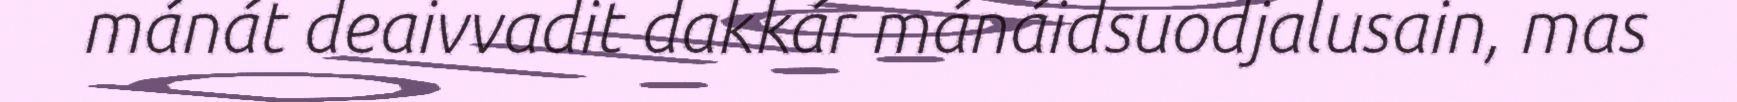
mánát deaivvadit dakkár mánáidsuodjalusain, mas